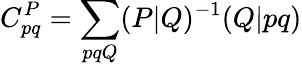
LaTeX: C_{pq}^{P}=\sum_{pqQ}(P|Q)^{-1}(Q|pq)